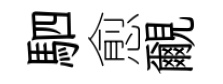
駟愈覼